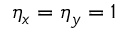
\eta _ { x } = \eta _ { y } = 1